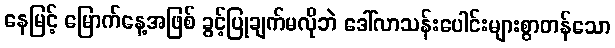
နေမြင့် မြောက်နေ့အဖြစ် ခွင့်ပြုချက်မလိုဘဲ ဒေါ်လာသန်းပေါင်းများစွာတန်သော